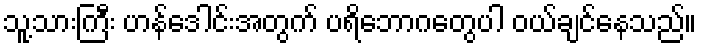
သူ့သားကြီး ဟန်ဒေါင်းအတွက် ပရိဘောဂတွေပါ ဝယ်ချင်နေသည်။